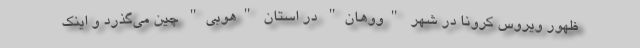
ظهور ویروس کرونا در شهر "ووهان" در استان "هوبی" چین می‌گذرد و اینک